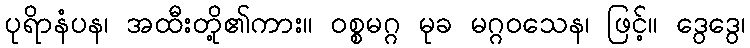
ပုရိာနံပန၊ အထီးတို့၏ကား။ ဝစ္စမဂ္ဂ မုခ မဂ္ဂဝသေန၊ ဖြင့်။ ဒွေဒွေ၊